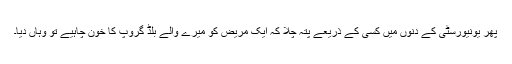
پھر یونیورسٹی کے دنوں میں کسی کے ذریعے پتہ چلا کہ ایک مریض کو میرے والے بلڈ گروپ کا خون چاہیے تو وہاں دیا۔